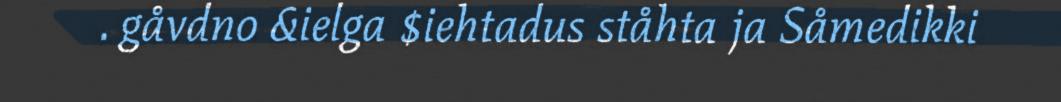
. gåvdno &ielga $iehtadus ståhta ja Såmedikki